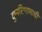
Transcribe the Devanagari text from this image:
दुष्परिणामाची